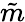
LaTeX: \tilde{m}